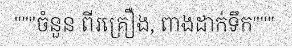
"""ចំនួន ពីរគ្រឿង, ពាងដាក់ទឹក"""